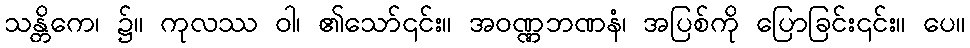
သန္တိကေ၊ ၌။ ကုလဿ ဝါ၊ ၏သော်၎င်း။ အဝဏ္ဏဘဏနံ၊ အပြစ်ကို ပြောခြင်း၎င်း။ ပေ။